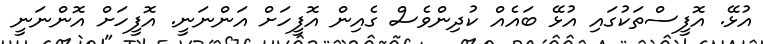
އުޅޭ. އޮފީސްތަކުގައި އުޅޭ ބައެއް ކުދިންވެސް ގެއިން އޮފީހަށް އަންނަނީ. އޮފީހަށް އޮންނަނީ